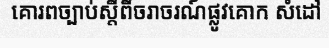
គោរពច្បាប់ស្តីពីចរាចរណ៍ផ្លូវគោក សំដៅ